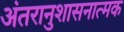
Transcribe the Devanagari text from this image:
अंतरानुशासनात्मक